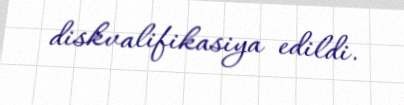
diskvalifikasiya edildi.